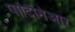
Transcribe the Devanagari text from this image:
पादिनिआर